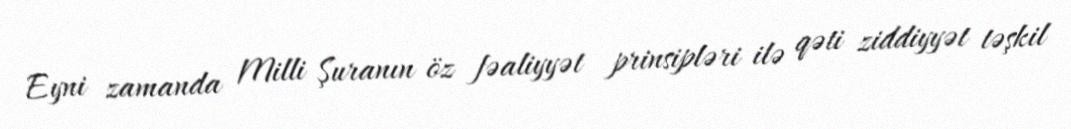
Eyni zamanda Milli Şuranın öz fəaliyyət prinsipləri ilə qəti ziddiyyət təşkil